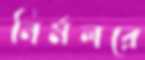
নির্মলরে